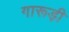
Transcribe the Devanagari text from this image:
गारूड़ी